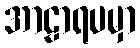
အာဠာရပမှာ